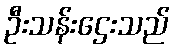
ဦးသန်းဌေးသည်